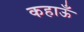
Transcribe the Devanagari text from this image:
कहाऊँ